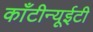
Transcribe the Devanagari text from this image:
काँटीन्यूईटी